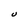
Character: U